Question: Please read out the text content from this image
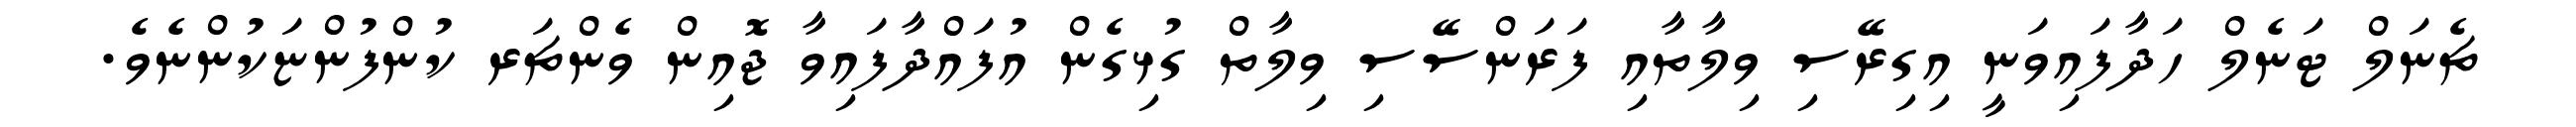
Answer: ޗެނަލް ޓަނެލް ހަދާފައިވަނީ އިގިރޭސި ވިލާތާއި ފަރަންސޭސި ވިލާތް ގުޅިގެން އުފައްދާފައިވާ ޖޮއިން ވެންޗަރ ކުންފުންޏަކުންނެވެ.